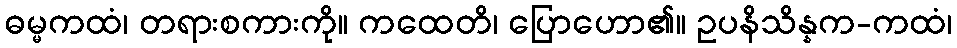
ဓမ္မကထံ၊ တရားစကားကို။ ကထေတိ၊ ပြောဟော၏။ ဥပနိသိန္နက-ကထံ၊